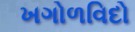
ખગોળવિદો